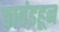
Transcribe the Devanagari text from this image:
चावंडहून